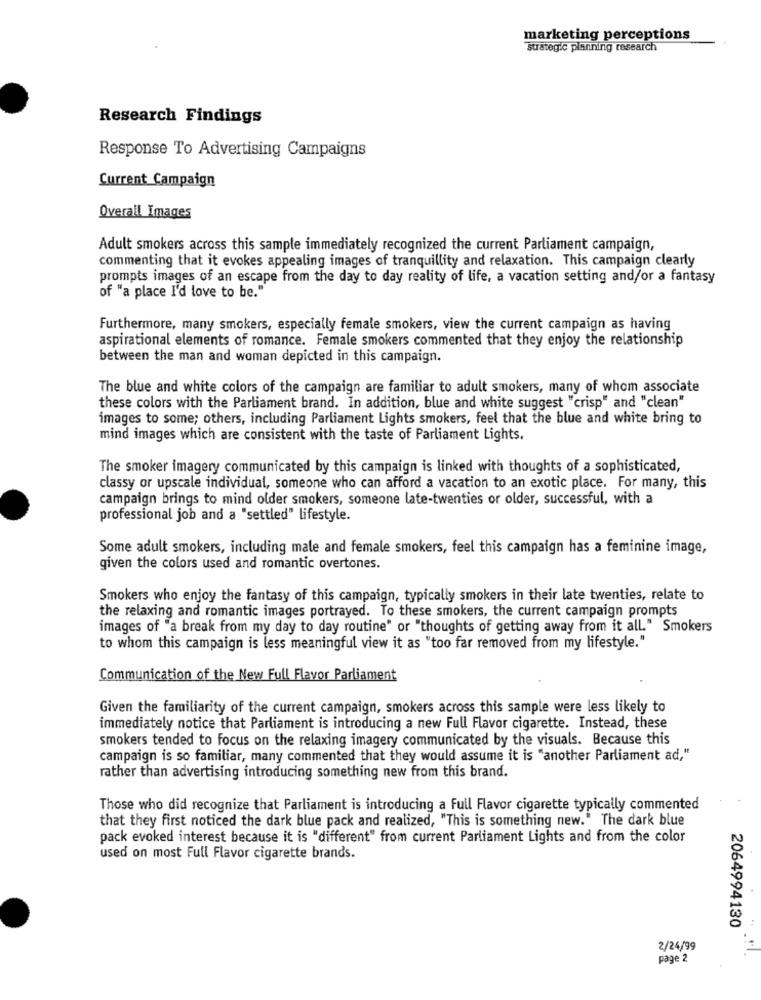
marketing perceptions
Strategic planning research
Research Findings
Response To Advertising Campaigns
Current Campaign
Overall Images
Adult smokers across this sample immediately recognized the current Parliament campaign,
commenting that it evokes appealing images of tranquillity and relaxation. This campaign clearly
prompts images of an escape from the day to day reality of life, a vacation setting and/or a fantasy
of "a place I'd love to be."
Furthermore, many smokers, especially female smokers, view the current campaign as having
aspirational elements of romance. Female smokers commented that they enjoy the relationship
between the man and woman depicted in this campaign.
The blue and white colors of the campaign are familiar to adult smokers, many of whom associate
these colors with the Parliament brand. In addition, blue and white suggest "crisp" and "clean"
images to some; others, including Parliament Lights smokers, feel that the blue and white bring to
mind images which are consistent with the taste of Parliament Lights.
The smoker imagery communicated by this campaign is linked with thoughts of a sophisticated,
classy or upscale individual, someone who can afford a vacation to an exotic place. For many, this
campaign brings to mind older smokers, someone late-twenties or older, successful, with a
professional job and a "settled" lifestyle.
Some adult smokers, including male and female smokers, feel this campaign has a feminine image,
given the colors used and romantic overtones.
Smokers who enjoy the fantasy of this campaign, typically smokers in their late twenties, relate to
the relaxing and romantic images portrayed. To these smokers, the current campaign prompts
images of "a break from my day to day routine" or "thoughts of getting away from it all." Smokers
to whom this campaign is less meaningful view it as "too far removed from my lifestyle."
Communication of the New Full Flavor Parliament
Given the familiarity of the current campaign, smokers across this sample were less likely to
immediately notice that Parliament is introducing a new Full Flavor cigarette. Instead, these
smokers tended to focus on the relaxing imagery communicated by the visuals. Because this
campaign is so familiar, many commented that they would assume it is "another Parliament ad,"
rather than advertising introducing something new from this brand.
Those who did recognize that Parliament is introducing a Full Flavor cigarette typically commented
that they first noticed the dark blue pack and realized, "This is something new." The dark blue
pack evoked interest because it is "different" from current Parliament Lights and from the color
used on most Full Flavor cigarette brands.
2064994130
2/24/99
page 2